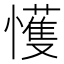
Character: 㦜